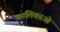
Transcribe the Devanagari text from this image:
कालिकाओं